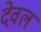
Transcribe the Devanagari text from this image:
देवल